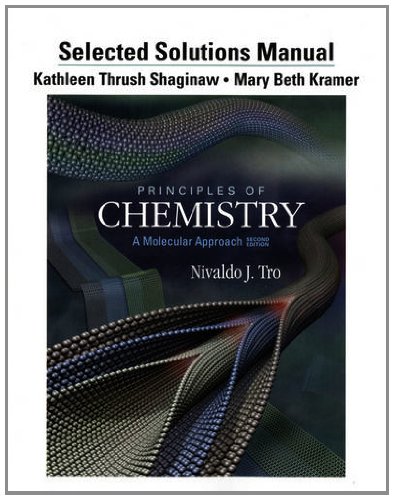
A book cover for Selected Solution Manual for Principles of Chemistry: A Molecular Approach; Nivaldo J. Tro; Science & Math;